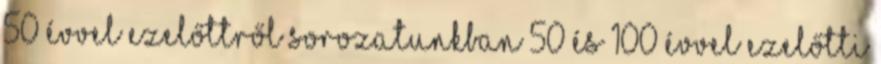
50 évvel ezelőttről Sorozatunkban 50 és 100 évvel ezelőtti